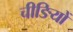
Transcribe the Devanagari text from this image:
चीङियों